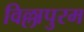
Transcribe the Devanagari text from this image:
विल्लापुरम